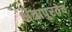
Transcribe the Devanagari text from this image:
क्षेत्रापुरतेच